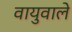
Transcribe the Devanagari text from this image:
वायुवाले